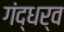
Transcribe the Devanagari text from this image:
गंद्धर्व